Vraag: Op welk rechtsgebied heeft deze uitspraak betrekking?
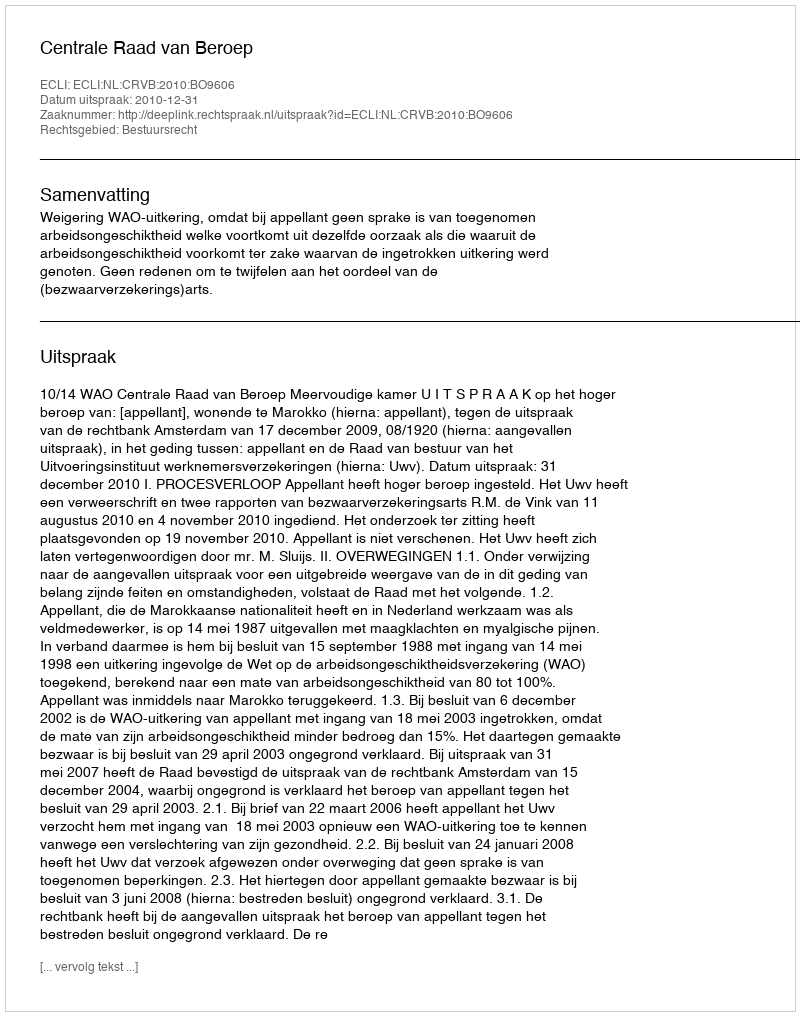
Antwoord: Bestuursrecht